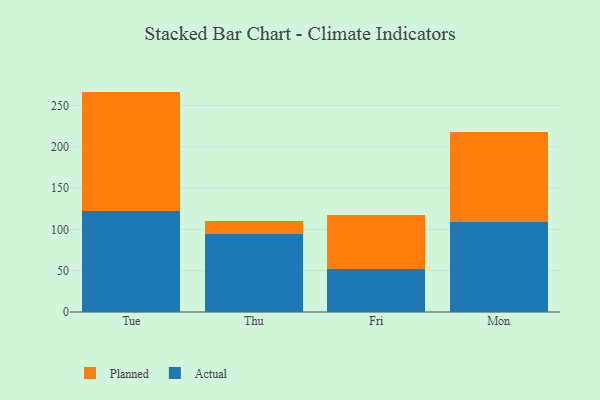
{"axis": {"x": "Day", "y": "Website Visitors"}, "legend": ["Actual", "Planned"], "data": [{"x": "Tue", "y": 122.2, "type": "Actual"}, {"x": "Tue", "y": 144.7, "type": "Planned"}, {"x": "Thu", "y": 93.9, "type": "Actual"}, {"x": "Thu", "y": 16.9, "type": "Planned"}, {"x": "Fri", "y": 51.8, "type": "Actual"}, {"x": "Fri", "y": 65.1, "type": "Planned"}, {"x": "Mon", "y": 108.4, "type": "Actual"}, {"x": "Mon", "y": 110.1, "type": "Planned"}]}